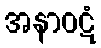
အနာဝဋံ